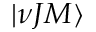
| \nu J M \rangle